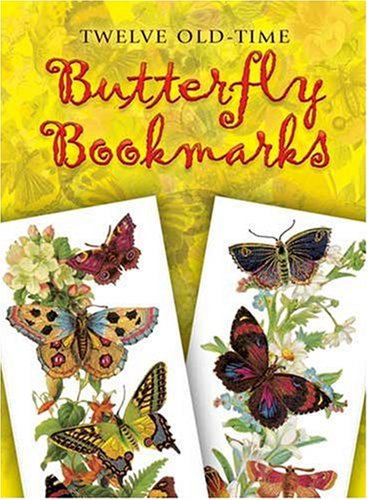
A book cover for Twelve Old-Time Butterfly Bookmarks (Dover Bookmarks); Maggie Kate; Crafts, Hobbies & Home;